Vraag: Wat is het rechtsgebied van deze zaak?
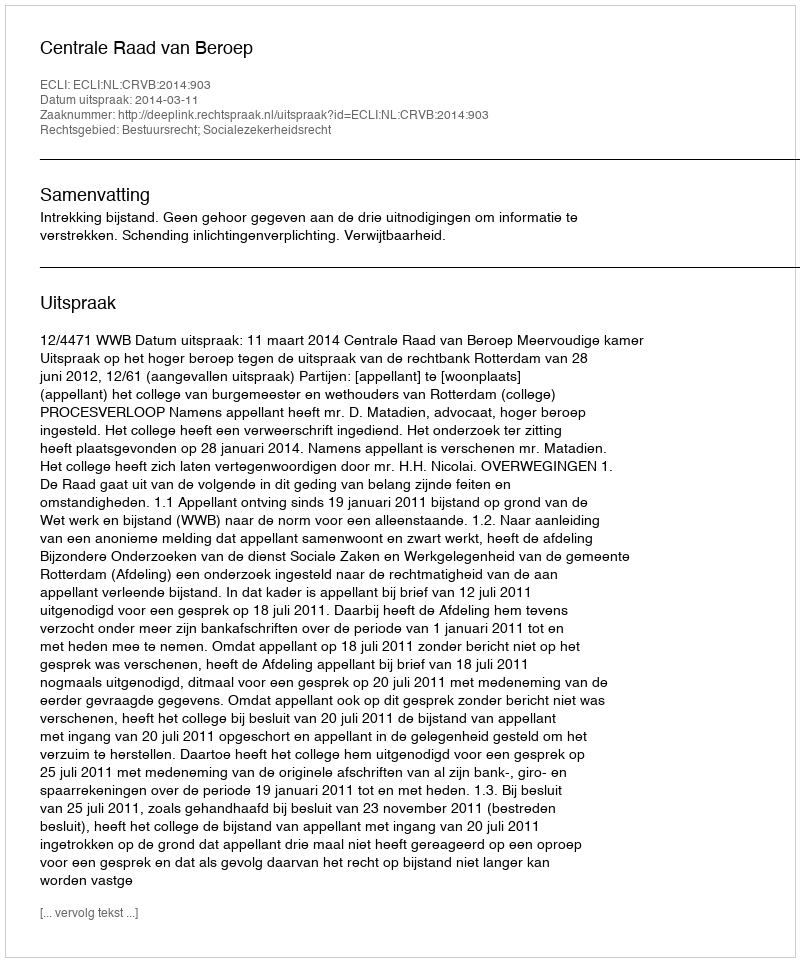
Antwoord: Bestuursrecht; Socialezekerheidsrecht